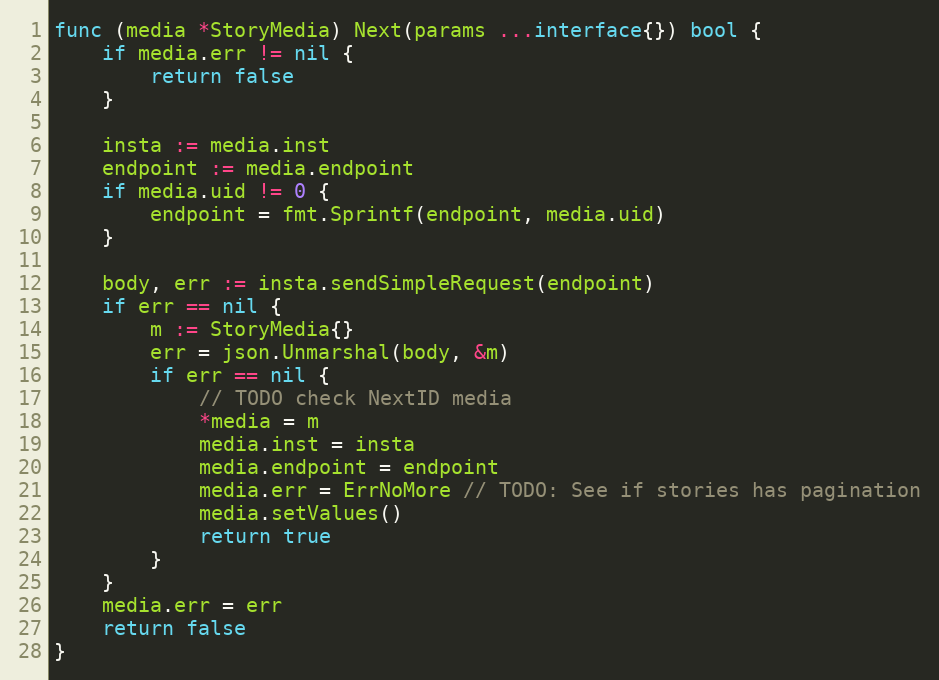
Language: Go
func (media *StoryMedia) Next(params ...interface{}) bool {
	if media.err != nil {
		return false
	}

	insta := media.inst
	endpoint := media.endpoint
	if media.uid != 0 {
		endpoint = fmt.Sprintf(endpoint, media.uid)
	}

	body, err := insta.sendSimpleRequest(endpoint)
	if err == nil {
		m := StoryMedia{}
		err = json.Unmarshal(body, &m)
		if err == nil {
			// TODO check NextID media
			*media = m
			media.inst = insta
			media.endpoint = endpoint
			media.err = ErrNoMore // TODO: See if stories has pagination
			media.setValues()
			return true
		}
	}
	media.err = err
	return false
}